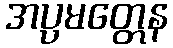
အပ္ပမတ္တေန